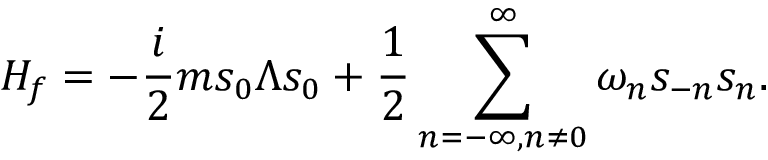
{ \cal H } _ { f } = - { \frac { i } { 2 } } m s _ { 0 } \Lambda s _ { 0 } + { \frac { 1 } { 2 } } \sum _ { n = - \infty , n \neq 0 } ^ { \infty } \omega _ { n } s _ { - n } s _ { n } .